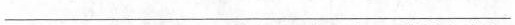
___